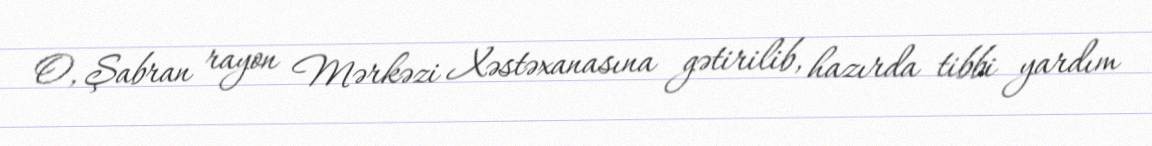
O, Şabran rayon Mərkəzi Xəstəxanasına gətirilib, hazırda tibbi yardım